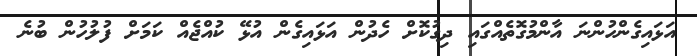
އަޅައިގެންހުންނަ އާންމުގޮތެއްގައި ދިގުކޮށް ހެދުން އަޅައިގެން އުޅޭ ކުއްޖެއް ކަމަށް ފުލުހުން ބުނެ